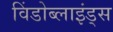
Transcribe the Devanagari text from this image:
विंडोब्लाइंड्स